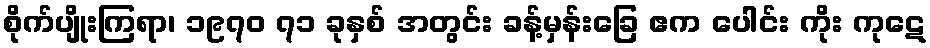
စိုက်ပျိုးကြရာ၊ ၁၉၇၀ ၇၁ ခုနှစ် အတွင်း ခန့်မှန်းခြေ ဧက ပေါင်း ကိုး ကုဋေ